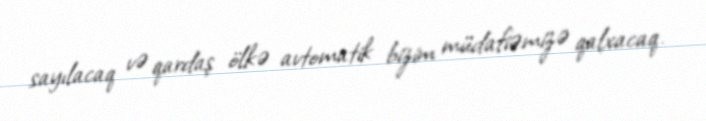
sayılacaq və qardaş ölkə avtomatik bizim müdafiəmizə qalxacaq.